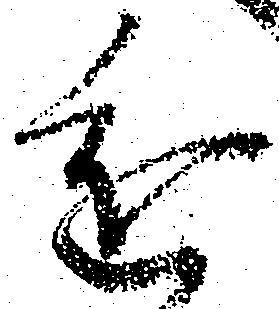
進